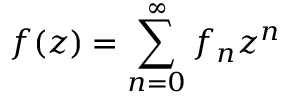
f ( z ) = \sum _ { n = 0 } ^ { \infty } { f _ { n } z ^ { n } }